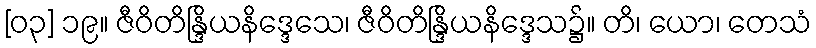
[၀၃] ၁၉။ ဇီဝိတိန္ဒြိယနိဒ္ဒေသေ၊ ဇီဝိတိန္ဒြိယနိဒ္ဒေသ၌။ တိ၊ ယော၊ တေသံ